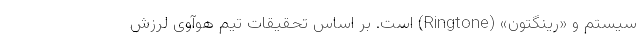
سیستم و «رینگتون» (Ringtone) است. بر اساس تحقیقات تیم هوآوی لرزش